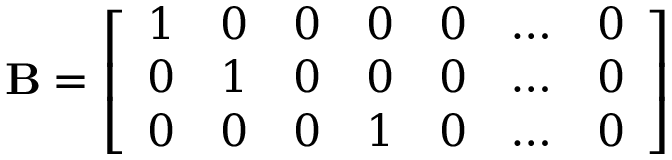
\mathbf { B } = { \left[ \begin{array} { l l l l l l l } { 1 } & { 0 } & { 0 } & { 0 } & { 0 } & { \ldots } & { 0 } \\ { 0 } & { 1 } & { 0 } & { 0 } & { 0 } & { \ldots } & { 0 } \\ { 0 } & { 0 } & { 0 } & { 1 } & { 0 } & { \ldots } & { 0 } \end{array} \right] }